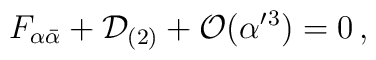
F_{\alpha\bar\alpha}+ {\cal D}_{(2)} + {\cal O}(\alpha'{}^3)= 0\, ,